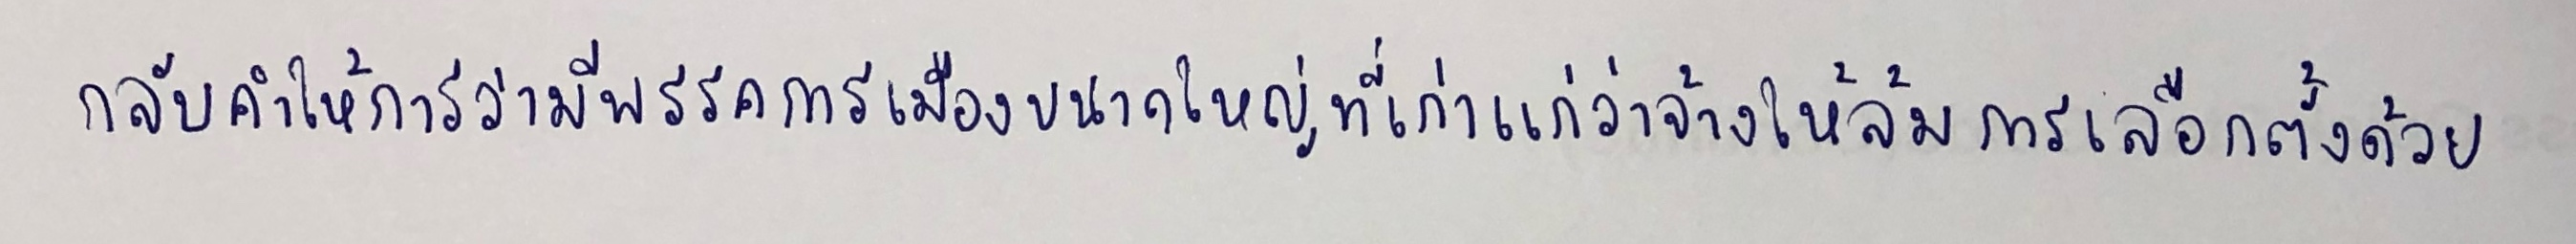
กลับคำให้การว่ามีพรรคการเมืองขนาดใหญ่ที่เก่าแก่ว่าจ้างให้ล้มการเลือกตั้งด้วย